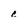
Character: c